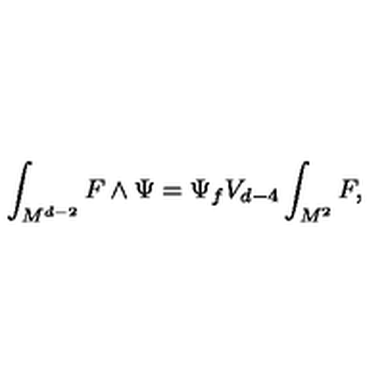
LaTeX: \int _ { M ^ { d - 2 } } F \wedge \Psi = \Psi _ { f } V _ { d - 4 } \int _ { M ^ { 2 } } F ,